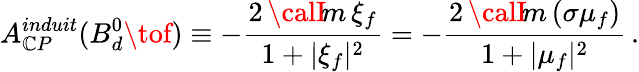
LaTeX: A_{\mathbb{C}P}^{induit}(B_{d}^{0}\tof)\equiv-\frac{{2\, {\calI}\! m\, \xi_{f}}}{{1+|\xi_{f}|^{2}}}=-\frac{{2\, {\calI}\! m\, (\sigma\mu_{f})}}{{1+|\mu_{f}|^{2}}}\, .